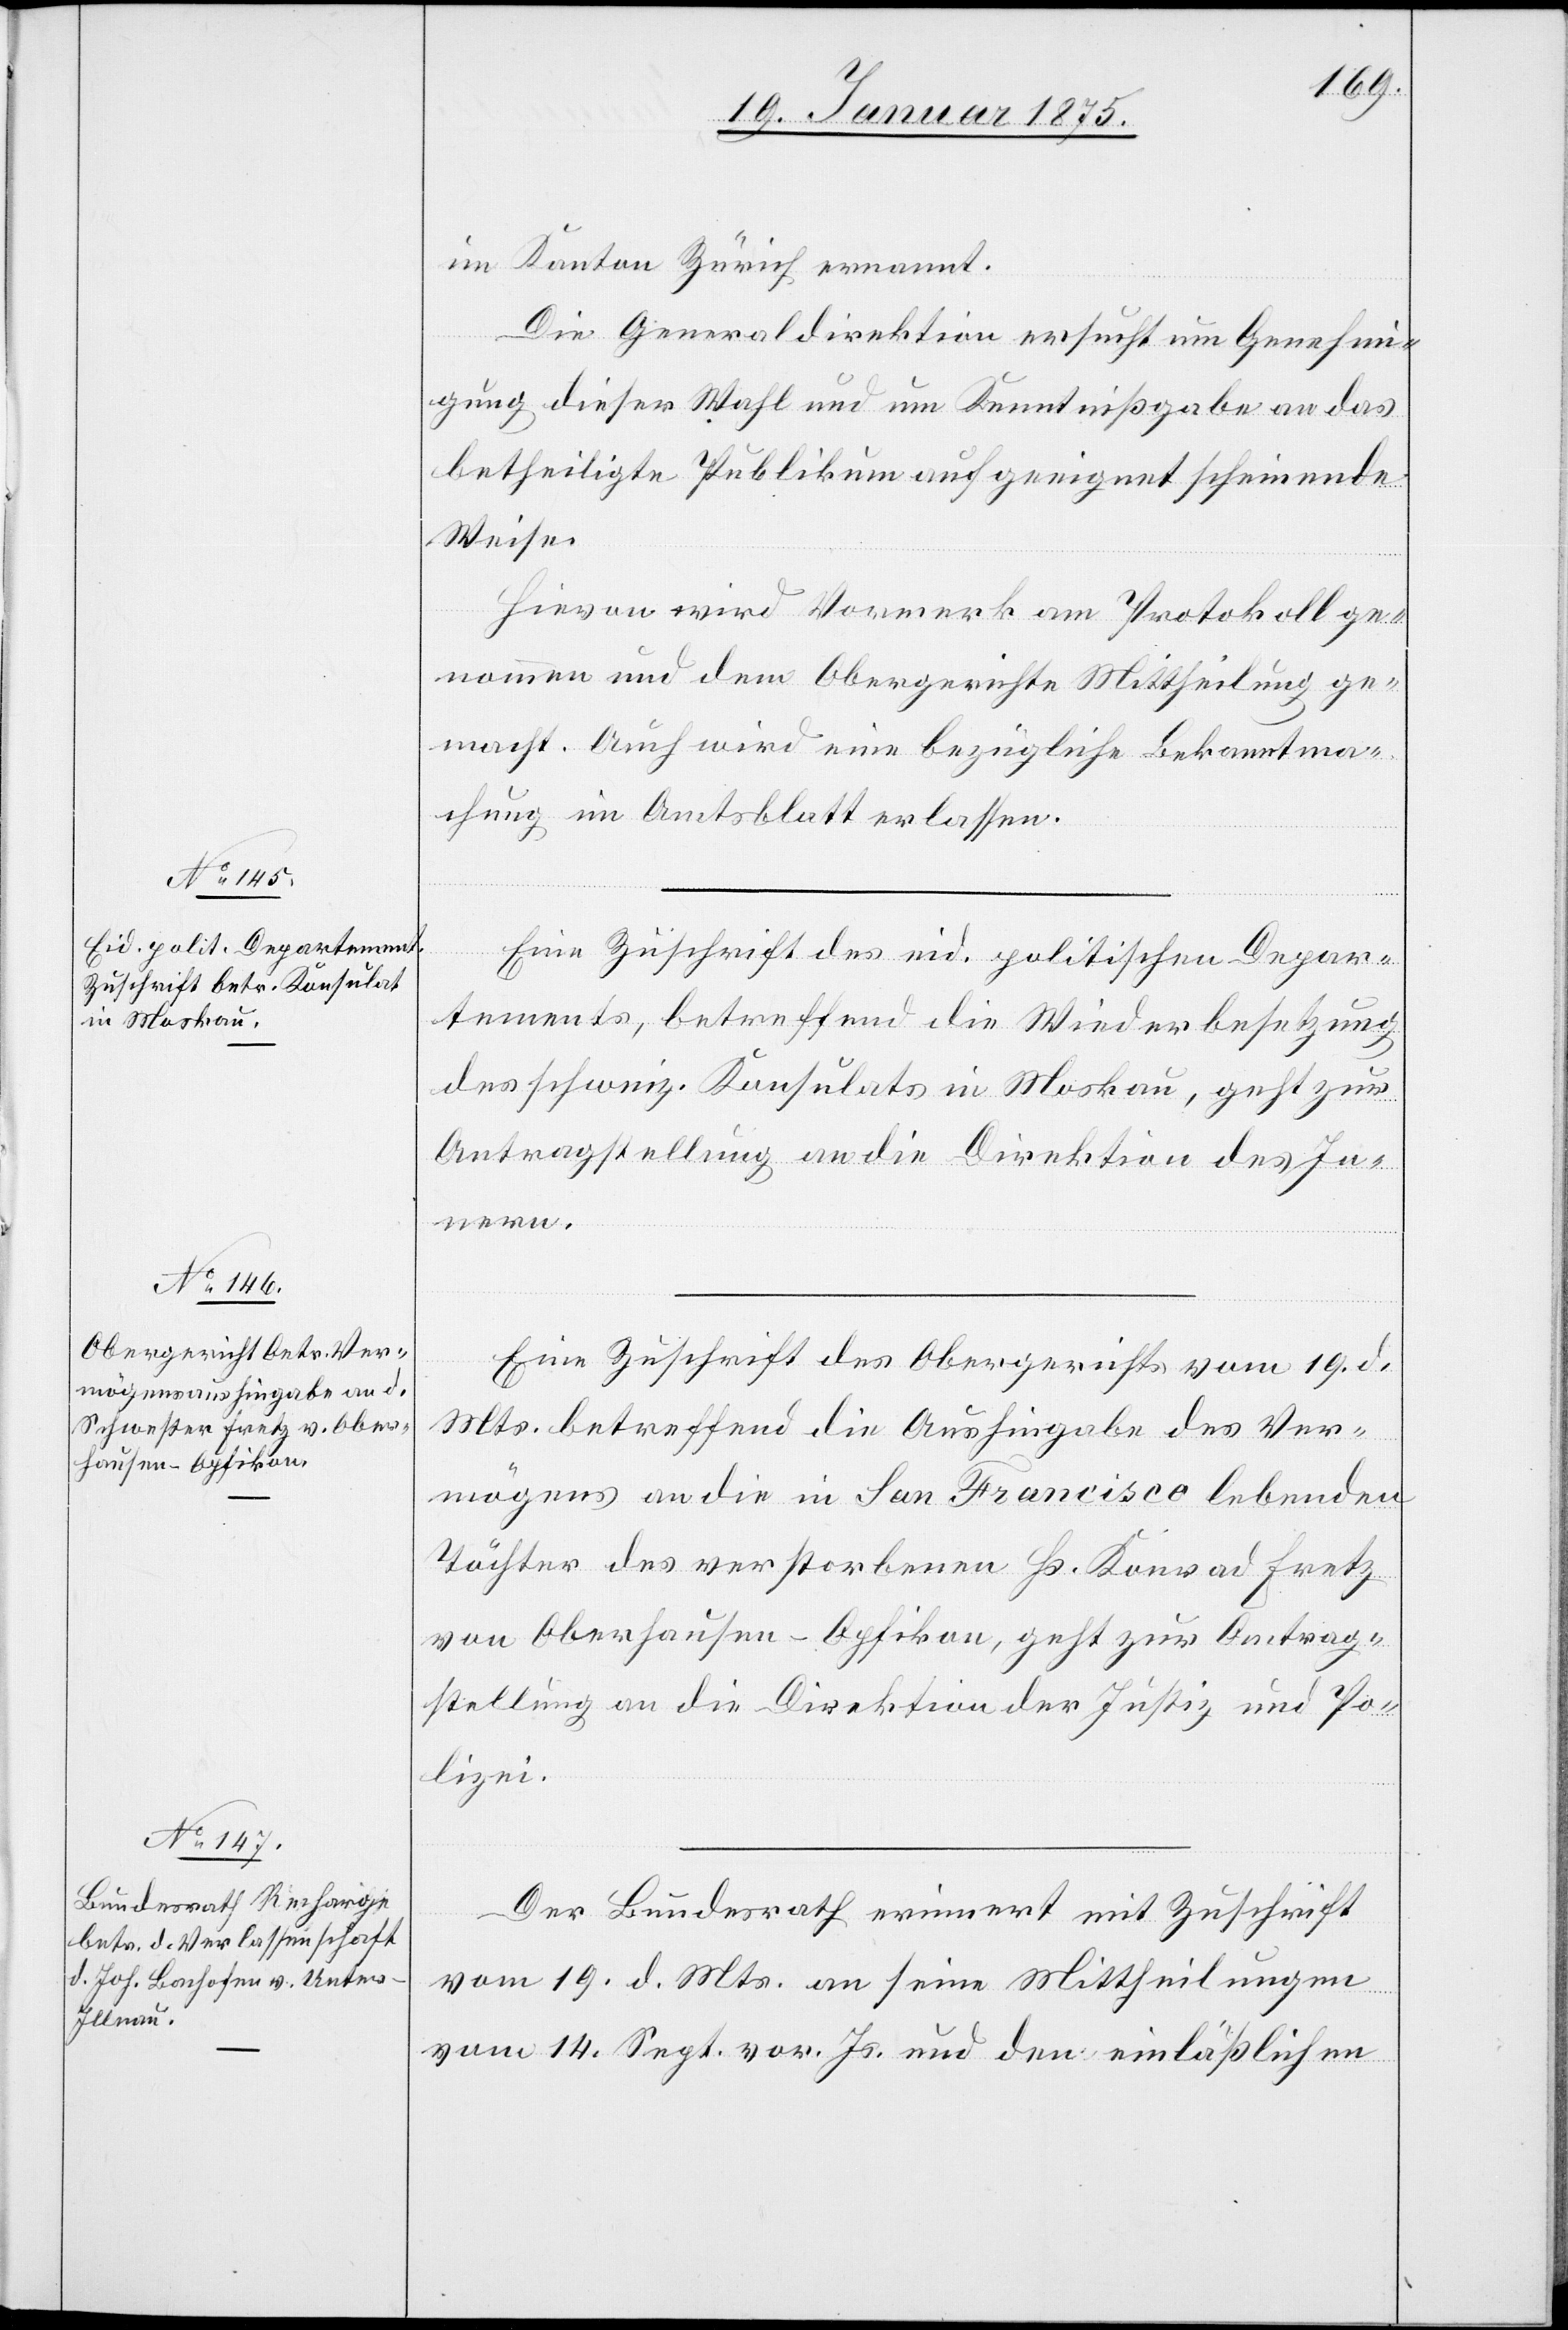
21. Januar 1875.]
im Kanton Zürich ernannt.
Die Generaldirektion ersucht um Genehmi¬
gung dieser Wahl und um Kenntnißgabe an das
betheiligte Publikum auf geeignet scheinende
Weise.
Hievon wird Vormerk am Protokoll ge¬
nommen und dem Obergerichte Mittheilung ge¬
macht. Auch wird eine bezügliche Bekanntma¬
chung im Amtsblatt erlassen.
Eine Zuschrift des eid. politischen Depar¬
tements, betreffend die Widerbesetzung
des schweiz. Konsulats in Moskau, geht zur
Antragstellung an die Direktion des In¬
nern.
Eine Zuschrift des Obergerichts vom 19. d.
Mts. betreffend die Aushingabe des Ver¬
mögens an die in San Francisco lebenden
Töchter [sic!] des verstorbenen Hs. Konrad Fretz
von Oberhausen - Opfikon, geht zur Antrag¬
stellung an die Direktion der Justiz und Po¬
lizei.
Der Bundesrath erinnert mit Zuschrift
vom 19. d. Mts. an seine Mittheilungen
vom 14. Sept. vor. Js. und dem einläßlichen